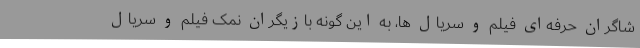
شاگران حرفه‌ای فیلم و سریال ها، به این گونه بازیگران نمک فیلم و سریال